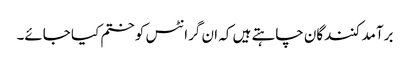
برآمد کنندگان چاہتے ہیں کہ ان گرانٹس کو ختم کیا جائے۔